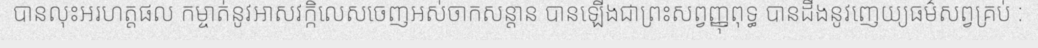
បានលុះអរហត្តផល កម្ចាត់នូវអាសវក្កិលេសចេញអស់ចាកសន្តាន បានឡើងជាព្រះសព្វញ្ញុពុទ្ធ បានដឹងនូវញេយ្យធម៌សព្វគ្រប់ :